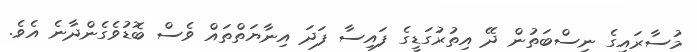
މުސާރައިގެ ނިސްބަތުން ދޭ އިތުރުގަޑީގެ ފައިސާ ފަދަ އިނާޔަތްތައް ވެސް ބޮޑުވެގެންދާނެ އެވެ.